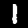
Digit: 1